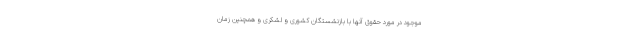
موجود در مورد حقوق آنها با بازنشستگان کشوری و لشکری و همچنین زمان